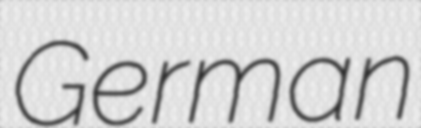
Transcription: German